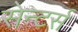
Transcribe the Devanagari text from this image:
सेन्टर्स